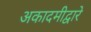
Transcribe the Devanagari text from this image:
अकादमीद्वारे